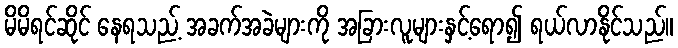
မိမိရင်ဆိုင် နေရသည့် အခက်အခဲများကို အခြားလူများနှင့်ရော၍ ရယ်လာနိုင်သည်။